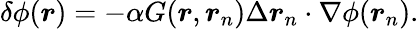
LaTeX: \delta\phi(\boldsymbol{r})=-\alpha G(\boldsymbol{r},\boldsymbol{r}_{n})\Delta\boldsymbol{r}_{n}\cdot\nabla\phi(\boldsymbol{r}_{n}).